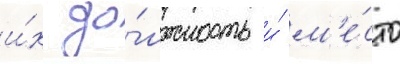
и́х до́лжность и́ м'е́сто